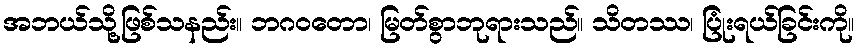
အဘယ်သို့ဖြစ်သနည်း။ ဘဂဝတော၊ မြတ်စွာဘုရားသည်။ သိတဿ၊ ပြုံးရယ်ခြင်းကို။